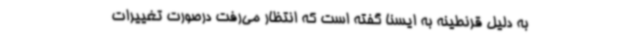
به دلیل قرنطینه به ایسنا گفته است که انتظار می‌رفت درصورت تغییرات